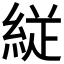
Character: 𮈕